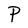
Character: P